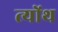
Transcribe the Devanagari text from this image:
त्योंथ